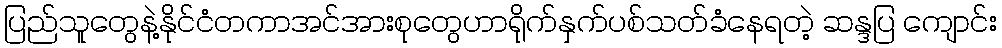
ပြည်သူတွေနဲ့နိုင်ငံတကာအင်အားစုတွေဟာရိုက်နှက်ပစ်သတ်ခံနေရတဲ့ ဆန္ဒပြ ကျောင်း